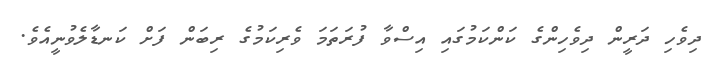
ދިވެހި ދަރީން ދިވެހިންގެ ކަންކަމުގައި އިސްވާ ފުރަތަމަ ވެރިކަމުގެ ރިބަން ފަށް ކަނޑާލެވުނީއެވެ.